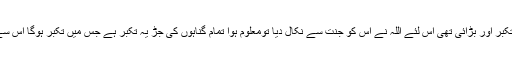
اس نافرمانی کی بنیاد تکبر اور بڑائی تھی اس لئے اللہ نے اس کو جنت سے نکال دیا تومعلوم ہوا تمام گناہوں کی جڑ یہ تکبر ہے جس میں تکبر ہوگا اس سے گناہ صادر ہوں گے۔